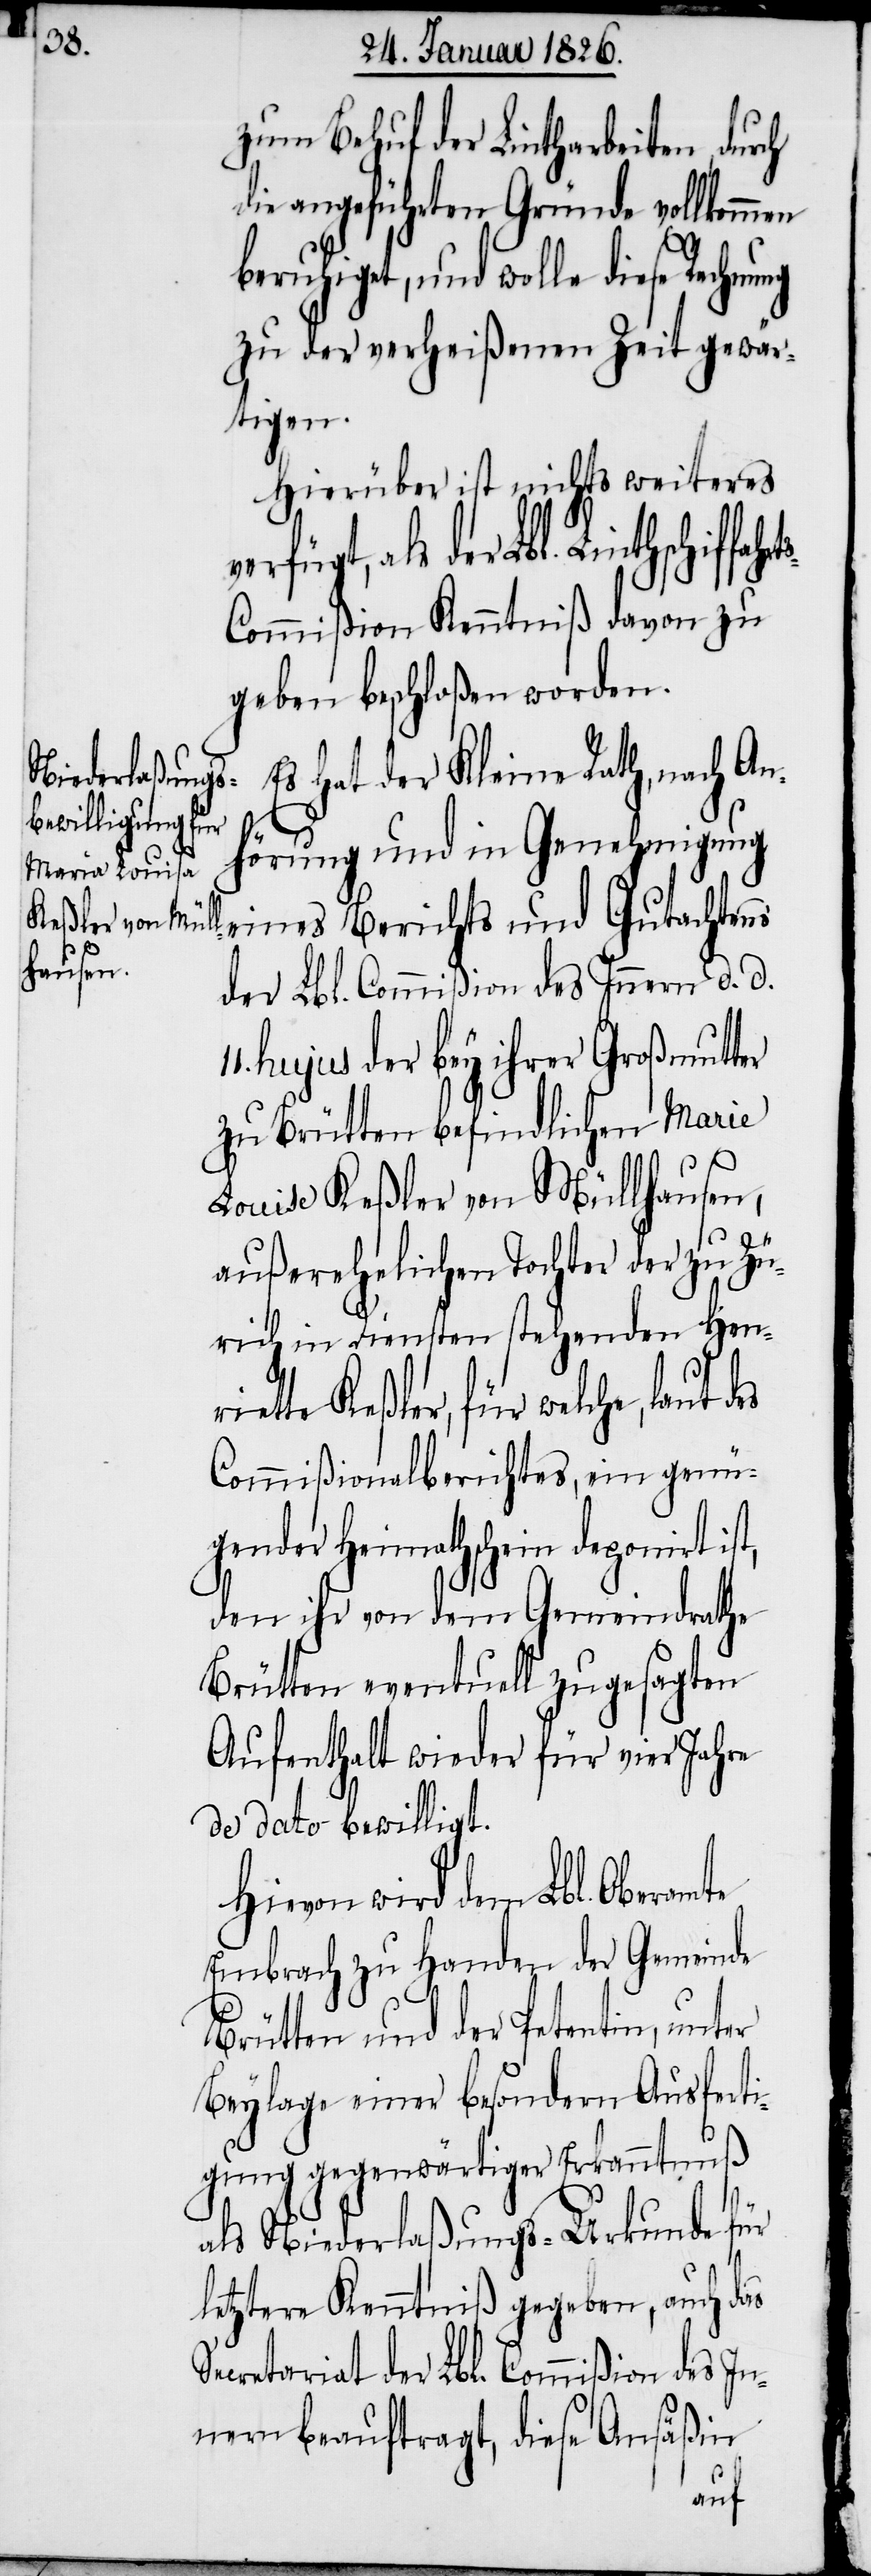
zum Behuf der Lintharbeiten, durch
die angeführten Gründe vollkomm¬
beruhiget, und wolle diese Rechnu¬
zu der verheißenen Zeit gewär¬
tigen.
Hierüber ist nichts weiteres
der Lbl. Linthschiffahrt¬
s-Commißion Kenntniß davon zu
geben beschloßen worden.
Es hat der Kleine Rath, nach An¬
es
hörung und in Genehmigung
eines Berichts und Gutachtens
der Lbl. Commißion des Innern d. d.
hujus der bey ihrer Großmutter
zu Brütten befindlichen Marie
Louise Keßler von Müllhausen,
außerehelichen Tochter der zu Zü¬
rich in Diensten stehenden Henri¬
ette Keßler, für welche, laut d¬
Commißionalberichtes, ein genü¬
gender Heimathschein deponirt ist,
den ihr von dem Gemeindrathe
Brütten eventuell zugesagten
Aufenthalt wieder für vier Jahre
de dato bewilligt.
Hievon wird dem Lbl. Oberamte
Embrach zu Handen der Gemeinde
Brütten und der Petentin, unter
Beylage einer besondern Ausferti¬
gung gegenwärtiger Erkanntnuß
als Niederlaßungs-Urkunde für
letztere Kenntniß gegeben, auch das
Secretariat der Lbl. Commißion des In¬
nern beauftragt, diese Ansäßin